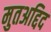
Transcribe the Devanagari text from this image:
मुतअद्दिद